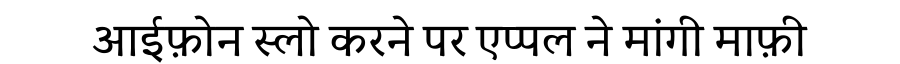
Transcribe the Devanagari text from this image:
आईफ़ोन स्लो करने पर एप्पल ने मांगी माफ़ी